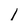
Character: 1